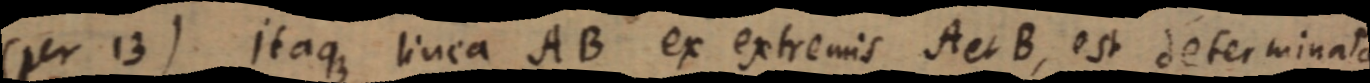
(per 13). Itaque linea AB ex extremis A et B, est determinata